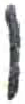
אות: ו